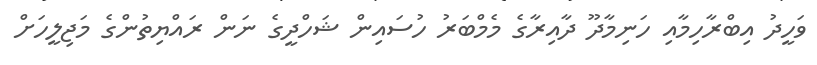
ވަހީދު އިބްރާހިމާއި ހަނިމާދޫ ދާއިރާގެ މެމްބަރު ހުސައިން ޝަހްދީގެ ނަން ރައްޔިތުންގެ މަޖިލީހަށް